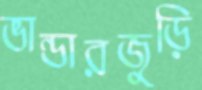
ভান্ডারজুড়ি